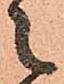
之